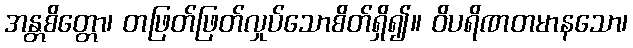
အန္တစိတ္တော၊ တဖြတ်ဖြတ်လှုပ်သောစိတ်ရှိ၍။ ဝိပရိဏတမာနသော၊